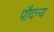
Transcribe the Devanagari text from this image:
पौदन्य